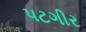
પટગીર